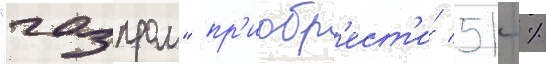
"газпром" пр'иобр'ест'и́ 51 %